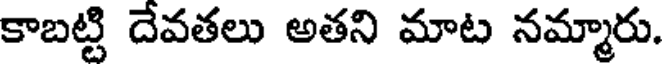
కాబట్టి దేవతలు అతని మాట నమ్మారు.